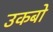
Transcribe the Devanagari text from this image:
उकबो